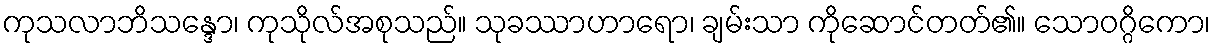
ကုသလာဘိသန္ဒော၊ ကုသိုလ်အစုသည်။ သုခဿာဟာရော၊ ချမ်းသာ ကိုဆောင်တတ်၏။ သောဝဂ္ဂိကော၊